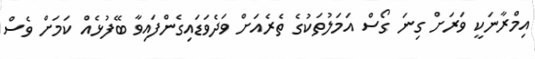
އިމްރާނަކީ ވަރަށް ގިނަ ގޯސް އަމަލުތަކުގެ ތެރެއަށް ވަދެވަޑައިގެންފައިވާ ބޭފުޅެއް ކަމަށް ވެސް